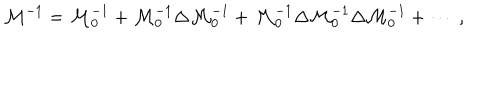
{ \cal M } ^ { - 1 } = { \cal M } _ { 0 } ^ { - 1 } + { \cal M } _ { 0 } ^ { - 1 } \Delta { \cal M } _ { 0 } ^ { - 1 } + { \cal M } _ { 0 } ^ { - 1 } \Delta { \cal M } _ { 0 } ^ { - 1 } \Delta { \cal M } _ { 0 } ^ { - 1 } + \cdots \ ,